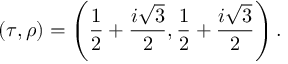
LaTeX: ( \tau , \rho ) = \left( \frac { 1 } { 2 } + \frac { i \sqrt { 3 } } { 2 } , \frac { 1 } { 2 } + \frac { i \sqrt { 3 } } { 2 } \right) .